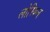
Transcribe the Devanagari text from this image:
लोरियल